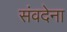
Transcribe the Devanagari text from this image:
संवदेना